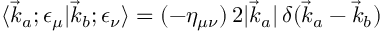
\langle { \vec { k } } _ { a } ; \epsilon _ { \mu } | { \vec { k } } _ { b } ; \epsilon _ { \nu } \rangle = ( - \eta _ { \mu \nu } ) \, 2 | { \vec { k } } _ { a } | \, \delta ( { \vec { k } } _ { a } - { \vec { k } } _ { b } )